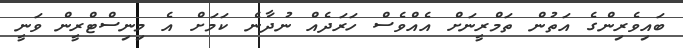
ބައިވެރިންގެ އަތުން ތަމްރީނަށް އެއްވެސް ހަރަދެއް ނުދާނެ ކަމަށް އެ މިނިސްޓްރީން ވަނީ